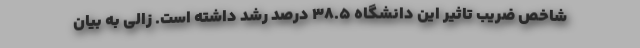
شاخص ضریب تاثیر این دانشگاه 38.5 درصد رشد داشته است. زالی به بیان